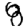
Digit: 8